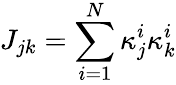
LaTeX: J_{jk}=\sum_{i=1}^{N}\kappa_{j}^{i}\kappa_{k}^{i}